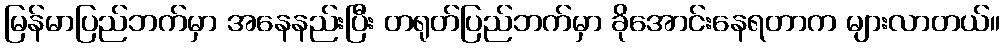
မြန်မာပြည်ဘက်မှာ အနေနည်းပြီး တရုတ်ပြည်ဘက်မှာ ခိုအောင်းနေရတာက များလာတယ်။